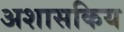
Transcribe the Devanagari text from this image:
अशासकिय